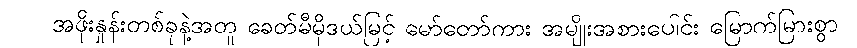
အဖိုးနှုန်းတစ်ခုနဲ့အတူ ခေတ်မီမိုဒယ်မြင့် မော်တော်ကား အမျိုးအစားပေါင်း မြောက်မြားစွာ